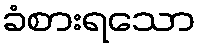
ခံစားရသော